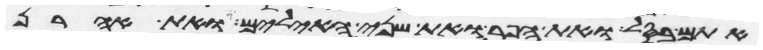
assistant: אתם בסל ואת הפר ואת שני האילים ואת אהרן